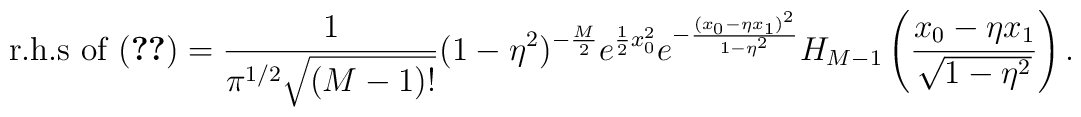
\mbox{r.h.s of (\ref{xrepnbs2})}=	{1\over{\pi^{1/2}\sqrt{(M-1)!}}}(1-\eta^2)^{-{M\over2}}	e^{{1\over2}x_0^2}e^{-{(x_0-\eta x_1)^2\over{1-\eta^2}}}	H_{M-1}\left({x_0-\eta x_1\over\sqrt{1-\eta^2}}\right).